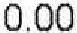
0.00